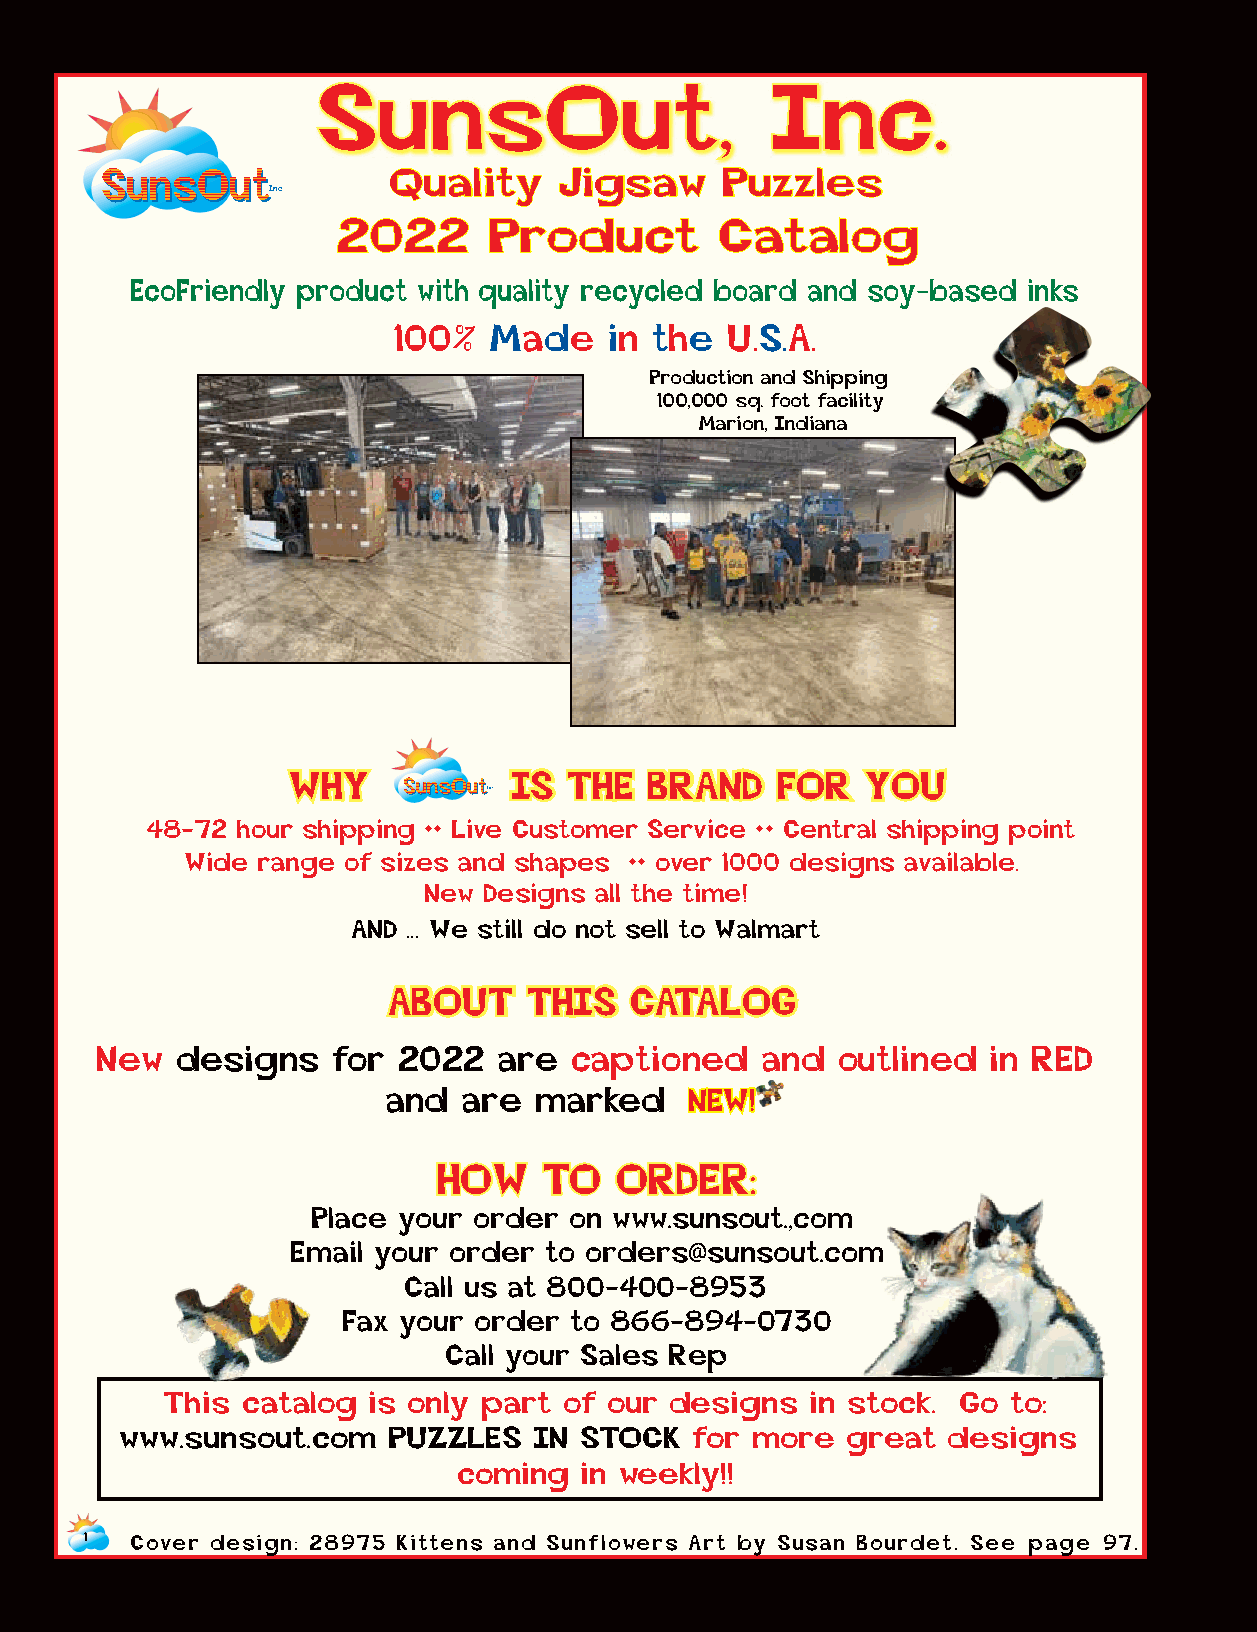
SunsOut,                      Inc.
 Quality    Jigsaw     Puzzles
 2022      Product         Catalog
 EcoFriendly product with quality recycled board and soy-based inks
 100%  Made    in the  U.S.A.
 Production and Shipping
 100,000 sq. foot facility
 Marion, Indiana
 WHY            IS  THE  BRAND    FOR  YOU
 48-72 hour shipping •• Live Customer Service •• Central shipping point
 Wide range of sizes and shapes •• over 1000 designs available.
 New Designs all the time!
 AND ... We still do not sell to Walmart
 ABOUT    THIS   CATALOG
 New   designs   for 2022   are  captioned   and  outlined   in RED
 and  are marked     NEW!
 HOW    TO   ORDER:
 Place your order on www.sunsout.,com
 Email your order to orders@sunsout.com
 Call us at 800-400-8953
 Fax your order to 866-894-0730
 Call your Sales Rep
 This catalog is only part of our designs   in stock. Go to:
 www.sunsout.com   PUZZLES  IN STOCK   for more  great  designs
 coming   in weekly!!
 1  Cover design: 28975 Kittens and Sunflowers Art by Susan Bourdet. See page 97.